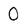
Character: 0